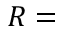
R =